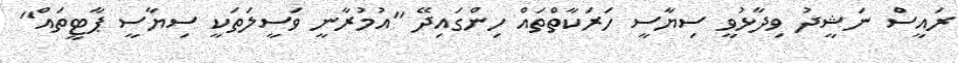
ރައީސް ނަޝީދު ވިދާޅުވީ ސިޔާސީ ހަރަކާތްތައް ހިންގައިދޭ "އުމުރާނީ ވަސީލަތަކީ ސިޔާސީ ޕާޓީތައް"